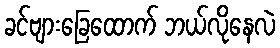
ခင်ဗျားခြေထောက် ဘယ်လိုနေလဲ